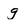
Character: g